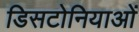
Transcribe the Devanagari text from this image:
डिसटोनियाओं